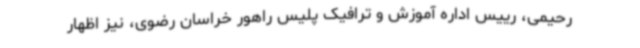
رحیمی، رییس اداره آموزش و ترافیک پلیس راهور خراسان رضوی، نیز اظهار